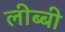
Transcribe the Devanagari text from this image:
लीब्बी